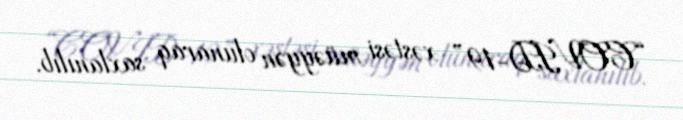
“COVID-19” xəstəsi müəyyən olunaraq saxlanılıb.